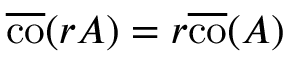
{ \overline { { \operatorname { c o } } } } ( r A ) = r { \overline { { \operatorname { c o } } } } ( A )